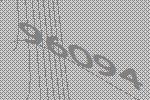
96094